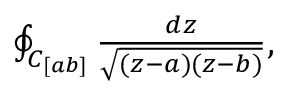
\begin{array} { r } { \oint _ { C _ { [ a b ] } } \frac { d z } { \sqrt { ( z - a ) ( z - b ) } } , } \end{array}